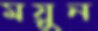
ময়ুন